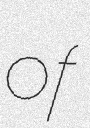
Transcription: of